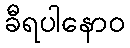
ခီရပါနောဝ